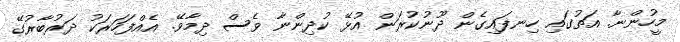
މީހުންނާ. އަތުގައި ހިނފައިގެން ދޫނުކުރަން އުޅޭ ކުދިންނާ ވެސް ދިމާވޭ. އެއްފަހަރަކު ދަރުބާރުގޭ